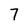
Character: 7